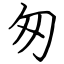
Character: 匆